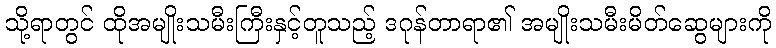
သို့ရာတွင် ထိုအမျိုးသမီးကြီးနှင့်တူသည့် ဒဂုန်တာရာ၏ အမျိုးသမီးမိတ်ဆွေများကို